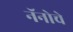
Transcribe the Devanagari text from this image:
नॅनोचे